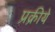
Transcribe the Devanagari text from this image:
प्रक्रीये